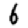
Digit: 6